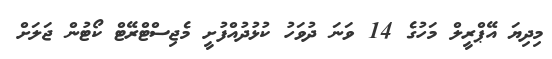
މިދިޔަ އޭޕްރީލް މަހުގެ 14 ވަނަ ދުވަހު ކުޅުދުއްފުށީ މެޖިސްޓްރޭޓް ކޯޓުން ޖަލަށް